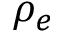
\rho _ { e }